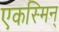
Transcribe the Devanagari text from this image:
एकस्मिन्